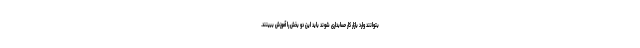
بتوانند وارد بازار کار حسابداری شوند باید این دو بخش را آموزش ببینند.